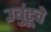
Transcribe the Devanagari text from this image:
उबुंटूचे